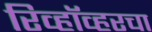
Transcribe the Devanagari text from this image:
रिव्हॉव्हरचा